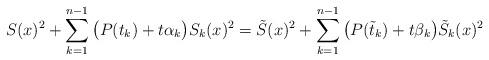
LaTeX: \begin{align*}S(x)^2+\sum_{k=1}^{n-1}\big(P(t_k)+t\alpha_k\big)S_k(x)^2=\tilde{S}(x)^2+\sum_{k=1}^{n-1}\big(P(\tilde{t}_k)+t\beta_k\big)\tilde{S}_k(x)^2\end{align*}